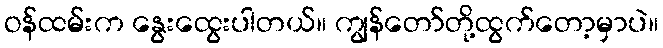
ဝန်ထမ်းက နွေးထွေးပါတယ်။ ကျွန်တော်တို့ထွက်တော့မှာပဲ။